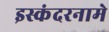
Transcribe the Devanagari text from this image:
इस्कंदरनामे